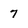
Character: 7